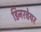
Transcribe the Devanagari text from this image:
डिनरवेयर